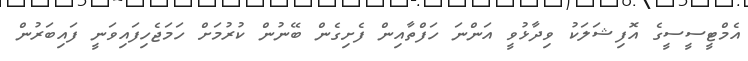
އެމްޓީސީސީގެ އޮފިޝަލަކު ވިދާޅުވީ އަންނަ ހަފްތާއިން ފެށިގެން ބޭނުން ކުރުމަށް ހަމަޖެހިފައިވަނީ ފައިބަރުން